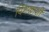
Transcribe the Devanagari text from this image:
पिंगळाशी